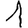
Digit: 1